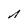
Character: n